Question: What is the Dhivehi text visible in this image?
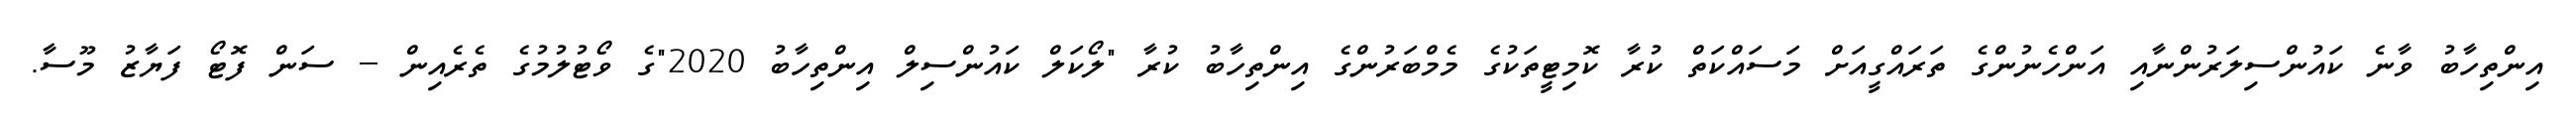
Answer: އިންތިހާބު ވާނެ ކައުންސިލަރުންނާއި އަންހެނުންގެ ތަރައްގީއަށް މަސައްކަތް ކުރާ ކޮމިޓީތަކުގެ މެމްބަރުންގެ އިންތިހާބު ކުރާ "ލޯކަލް ކައުންސިލް އިންތިހާބު 2020"ގެ ވޯޓުލުމުގެ ތެރެއިން -- ސަން ފޮޓޯ ފަޔާޒު މޫސާ.